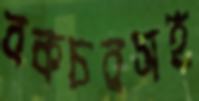
বকচরসহ